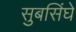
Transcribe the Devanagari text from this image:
सुबसिंघे